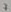
Text: 7